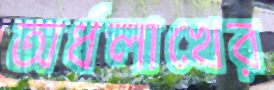
অর্ধলাখের